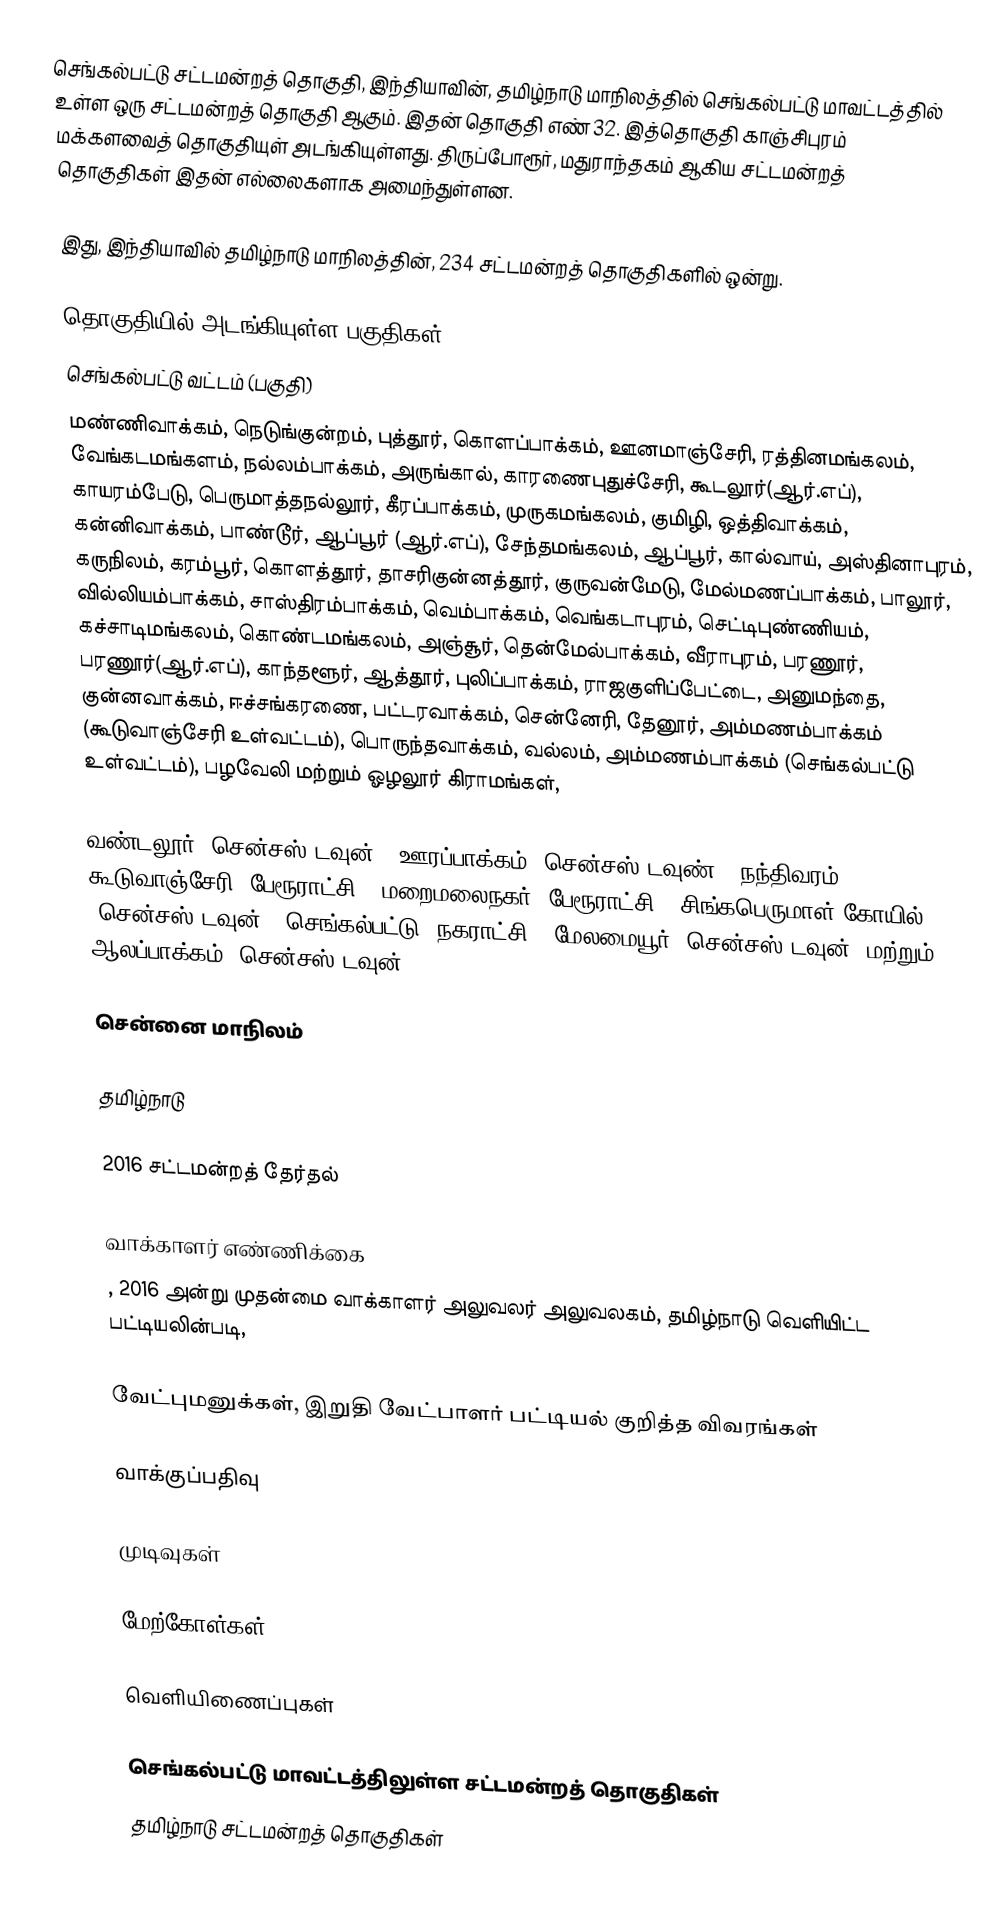
செங்கல்பட்டு சட்டமன்றத் தொகுதி, இந்தியாவின், தமிழ்நாடு மாநிலத்தில்  செங்கல்பட்டு மாவட்டத்தில் உள்ள ஒரு சட்டமன்றத் தொகுதி ஆகும். இதன் தொகுதி எண் 32. இத்தொகுதி காஞ்சிபுரம் மக்களவைத் தொகுதியுள் அடங்கியுள்ளது. திருப்போரூர், மதுராந்தகம் ஆகிய சட்டமன்றத் தொகுதிகள் இதன் எல்லைகளாக அமைந்துள்ளன.

இது, இந்தியாவில் தமிழ்நாடு மாநிலத்தின், 234 சட்டமன்றத் தொகுதிகளில் ஒன்று.

தொகுதியில் அடங்கியுள்ள பகுதிகள்
செங்கல்பட்டு வட்டம் (பகுதி)
மண்ணிவாக்கம், நெடுங்குன்றம், புத்தூர், கொளப்பாக்கம், ஊனமாஞ்சேரி, ரத்தினமங்கலம், வேங்கடமங்களம், நல்லம்பாக்கம், அருங்கால், காரணைபுதுச்சேரி, கூடலூர்(ஆர்.எப்), காயரம்பேடு, பெருமாத்தநல்லூர், கீரப்பாக்கம், முருகமங்கலம், குமிழி, ஒத்திவாக்கம், கன்னிவாக்கம், பாண்டூர், ஆப்பூர் (ஆர்.எப்), சேந்தமங்கலம், ஆப்பூர், கால்வாய், அஸ்தினாபுரம், கருநிலம், கரம்பூர், கொளத்தூர், தாசரிகுன்னத்தூர், குருவன்மேடு, மேல்மணப்பாக்கம், பாலூர், வில்லியம்பாக்கம், சாஸ்திரம்பாக்கம், வெம்பாக்கம், வெங்கடாபுரம், செட்டிபுண்ணியம், கச்சாடிமங்கலம், கொண்டமங்கலம், அஞ்சூர், தென்மேல்பாக்கம், வீராபுரம், பரணூர், பரணூர்(ஆர்.எப்), காந்தளூர், ஆத்தூர், புலிப்பாக்கம், ராஜகுளிப்பேட்டை, அனுமந்தை, குன்னவாக்கம், ஈச்சங்கரணை, பட்டரவாக்கம், சென்னேரி, தேனூர், அம்மணம்பாக்கம் (கூடுவாஞ்சேரி உள்வட்டம்), பொருந்தவாக்கம், வல்லம், அம்மணம்பாக்கம் (செங்கல்பட்டு உள்வட்டம்), பழவேலி மற்றும் ஓழலூர் கிராமங்கள்,

வண்டலூர் (சென்சஸ் டவுன்), ஊரப்பாக்கம் (சென்சஸ் டவுண்), நந்திவரம் - கூடுவாஞ்சேரி (பேரூராட்சி), மறைமலைநகர் (பேரூராட்சி), சிங்கபெருமாள் கோயில் (சென்சஸ் டவுன்), செங்கல்பட்டு (நகராட்சி), மேலமையூர் (சென்சஸ் டவுன்) மற்றும் ஆலப்பாக்கம் (சென்சஸ் டவுன்)

சென்னை மாநிலம்

தமிழ்நாடு

2016 சட்டமன்றத் தேர்தல்

வாக்காளர் எண்ணிக்கை
, 2016 அன்று முதன்மை வாக்காளர் அலுவலர் அலுவலகம், தமிழ்நாடு வெளியிட்ட பட்டியலின்படி,

வேட்புமனுக்கள், இறுதி வேட்பாளர் பட்டியல் குறித்த விவரங்கள்

வாக்குப்பதிவு

முடிவுகள்

மேற்கோள்கள்

வெளியிணைப்புகள்

செங்கல்பட்டு மாவட்டத்திலுள்ள சட்டமன்றத் தொகுதிகள்
தமிழ்நாடு சட்டமன்றத் தொகுதிகள்